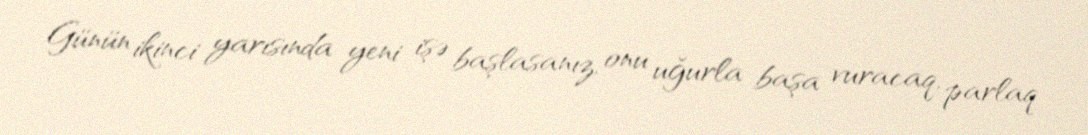
Günün ikinci yarısında yeni işə başlasanız, onu uğurla başa vuracaq, parlaq